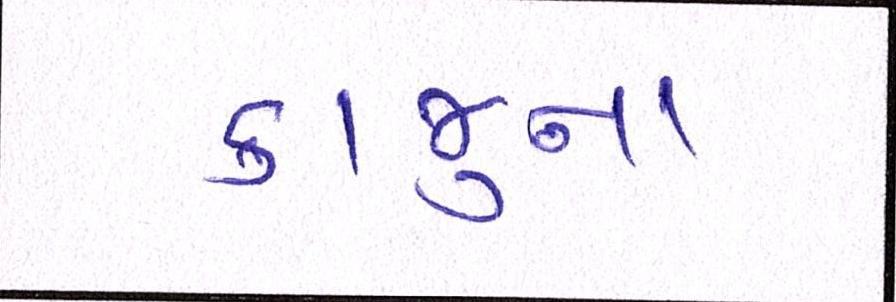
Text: કાજુના